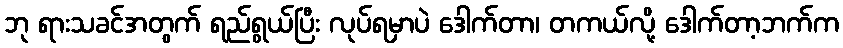
ဘု ရားသခင်အတွက် ရည်ရွယ်ပြီး လုပ်ရမှာပဲ ဒေါက်တာ၊ တကယ်လို့ ဒေါက်တာ့ဘက်က